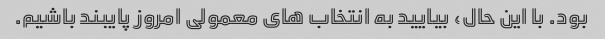
بود. با این حال، بیایید به انتخاب های معمولی امروز پایبند باشیم.